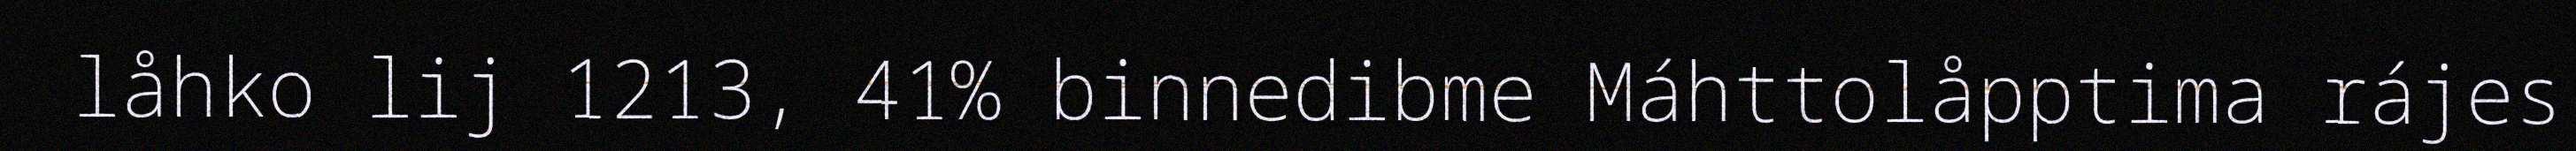
låhko lij 1213, 41% binnedibme Máhttolåpptima rájes